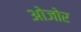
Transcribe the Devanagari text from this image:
ओजोर